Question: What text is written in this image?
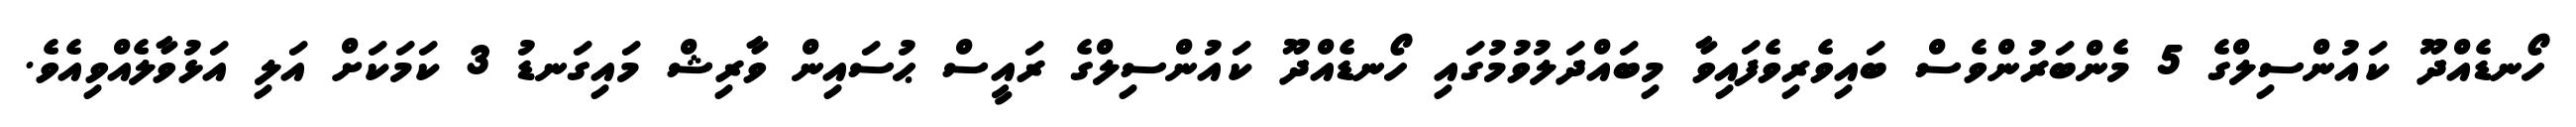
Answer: ހޯނޑެއްދޫ ކައުންސިލްގެ 5 މެންބަރުންވެސް ބައިވެރިވެފައިވާ މިބައްދަލުވުމުގައި ހޯނޑެއްދޫ ކައުންސިލްގެ ރައީސް ޙުސައިން ވާރިޝް މައިގަނޑު 3 ކަމަކަށް އަލި އަޅުވާލެއްވިއެވެ.